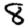
Digit: 8